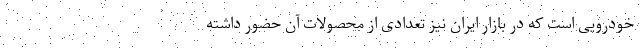
خودرویی است که در بازار ایران نیز تعدادی از محصولات آن حضور داشته